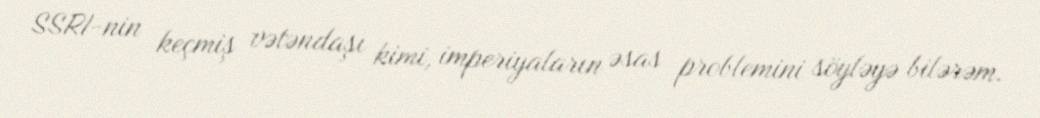
SSRI-nin keçmiş vətəndaşı kimi, imperiyaların əsas problemini söyləyə bilərəm.